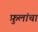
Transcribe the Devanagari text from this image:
फ़ुलांचा